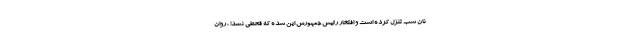
نان شب تنزل کرده است و افتخار رئیس جمهورش این شده که قحطی نشد! ، روان